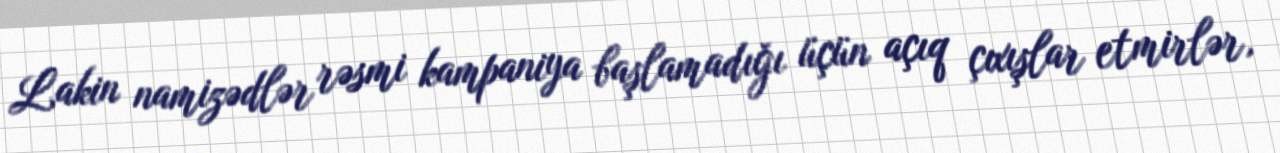
Lakin namizədlər rəsmi kampaniya başlamadığı üçün açıq çıxışlar etmirlər,